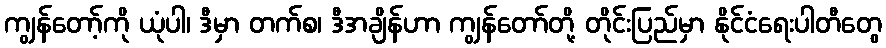
ကျွန်တော့်ကို ယုံပါ၊ ဒီမှာ တက်စ၊ ဒီအချိန်ဟာ ကျွန်တော်တို့ တိုင်းပြည်မှာ နိုင်ငံရေးပါတီတွေ